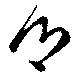
郷